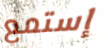
إستمع